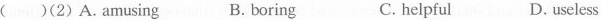
( )(2) A.Amusing B. boring C. helpful D. useless